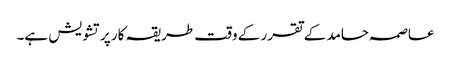
عاصمہ حامد کے تقرر کے وقت طریقہ کار پرتشویش ہے۔